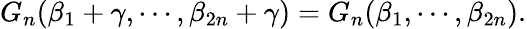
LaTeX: G_{n}(\beta_{1}+\gamma,\cdots,\beta_{2n}+\gamma)=G_{n}(\beta_{1},\cdots,\beta_{2n}).